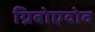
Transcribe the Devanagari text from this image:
ग्रिबोएदोव